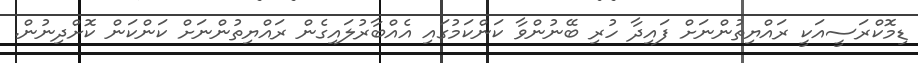
ޑިމޮކްރަސީއަކީ ރައްޔިތުންނަށް ފައިދާ ހުރި ބޭނުންވާ ކަންކަމުގައި އެއްބާރުލައިގެން ރައްޔިތުންނަށް ކަންކަން ކޮށްދިނުން.